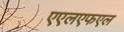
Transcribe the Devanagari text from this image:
एएलएफएल